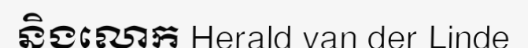
និងលោក Herald van der Linde